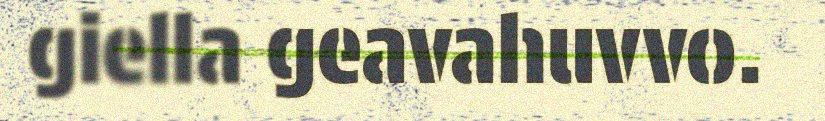
giella geavahuvvo.